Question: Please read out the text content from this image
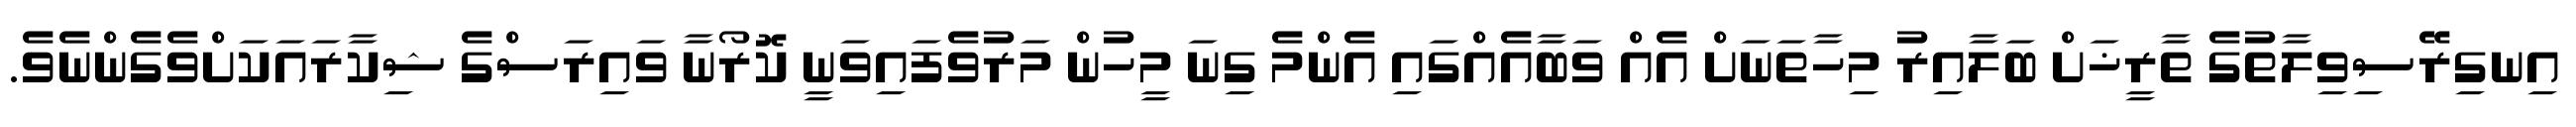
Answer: އިނގިރޭސިވިލާތުގެ ތާރީޚަށް ބަލާއިރު މިހާތަނަށް އެއް ވަބާއެއްގައި އެންމެ ގިނަ މީހުން މަރުވެފައިވަނީ ކޮރޯނާ ވައިރަސްގެ ޝިކާރައަކަށްވެގެންނެވެ.